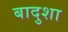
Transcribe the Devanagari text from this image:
बादुशा